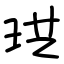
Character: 珙